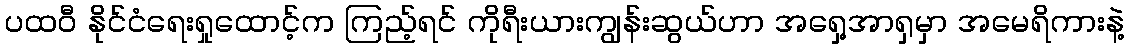
ပထဝီ နိုင်ငံရေးရှုထောင့်က ကြည့်ရင် ကိုရီးယားကျွန်းဆွယ်ဟာ အရှေ့အာရှမှာ အမေရိကားနဲ့